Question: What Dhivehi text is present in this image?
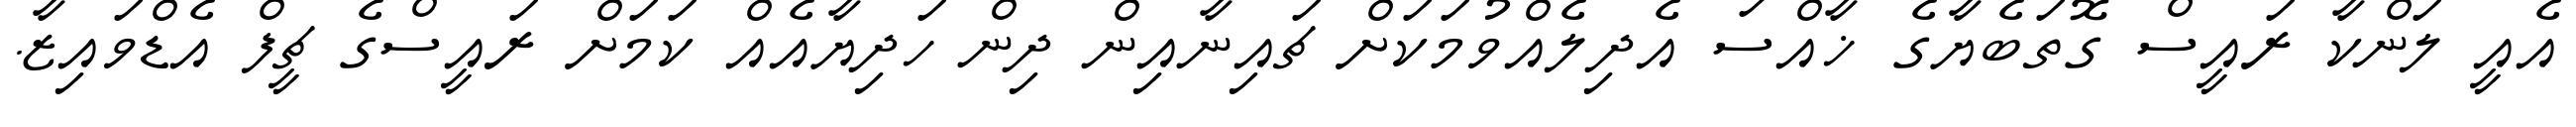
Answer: އެއީ ލަންކާ ރައީސް ގޮތަބެޔާގެ ޚާއްސަ އެދިލެއްވުމަކަށް ޗައިނާއިން ދިން ހަދިޔާއެއް ކަމަށް ރައީސްގެ ޗީފް އެޑްވައިޒާ.